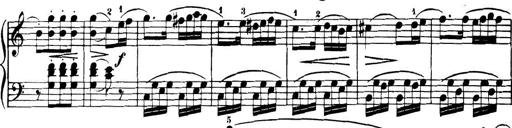
Title: 32 Sonatinas and Rondos for the Piano
Composer: Richard Kleinmichel